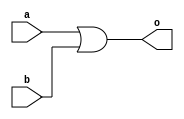
`timescale 1ns / 1ps
//////////////////////////////////////////////////////////////////////////////////
// Company: 
// Engineer: 
// 
// Design Name: 
// Module Name:    OR 
// Project Name: 
// Target Devices: 
// Tool versions: 
// Description: 
//
// Dependencies: 
//
// Revision: 
// Revision 0.01 - File Created
// Additional Comments: 
//
//////////////////////////////////////////////////////////////////////////////////
module OR(o, a, b
    );
input a, b;
output o;

or #3 OR_1(o, a, b );

endmodule